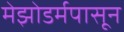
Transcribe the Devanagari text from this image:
मेझोडर्मपासून